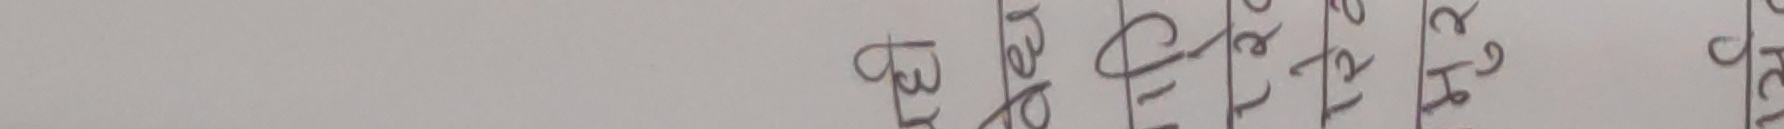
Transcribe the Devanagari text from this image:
३८ खेलहरु